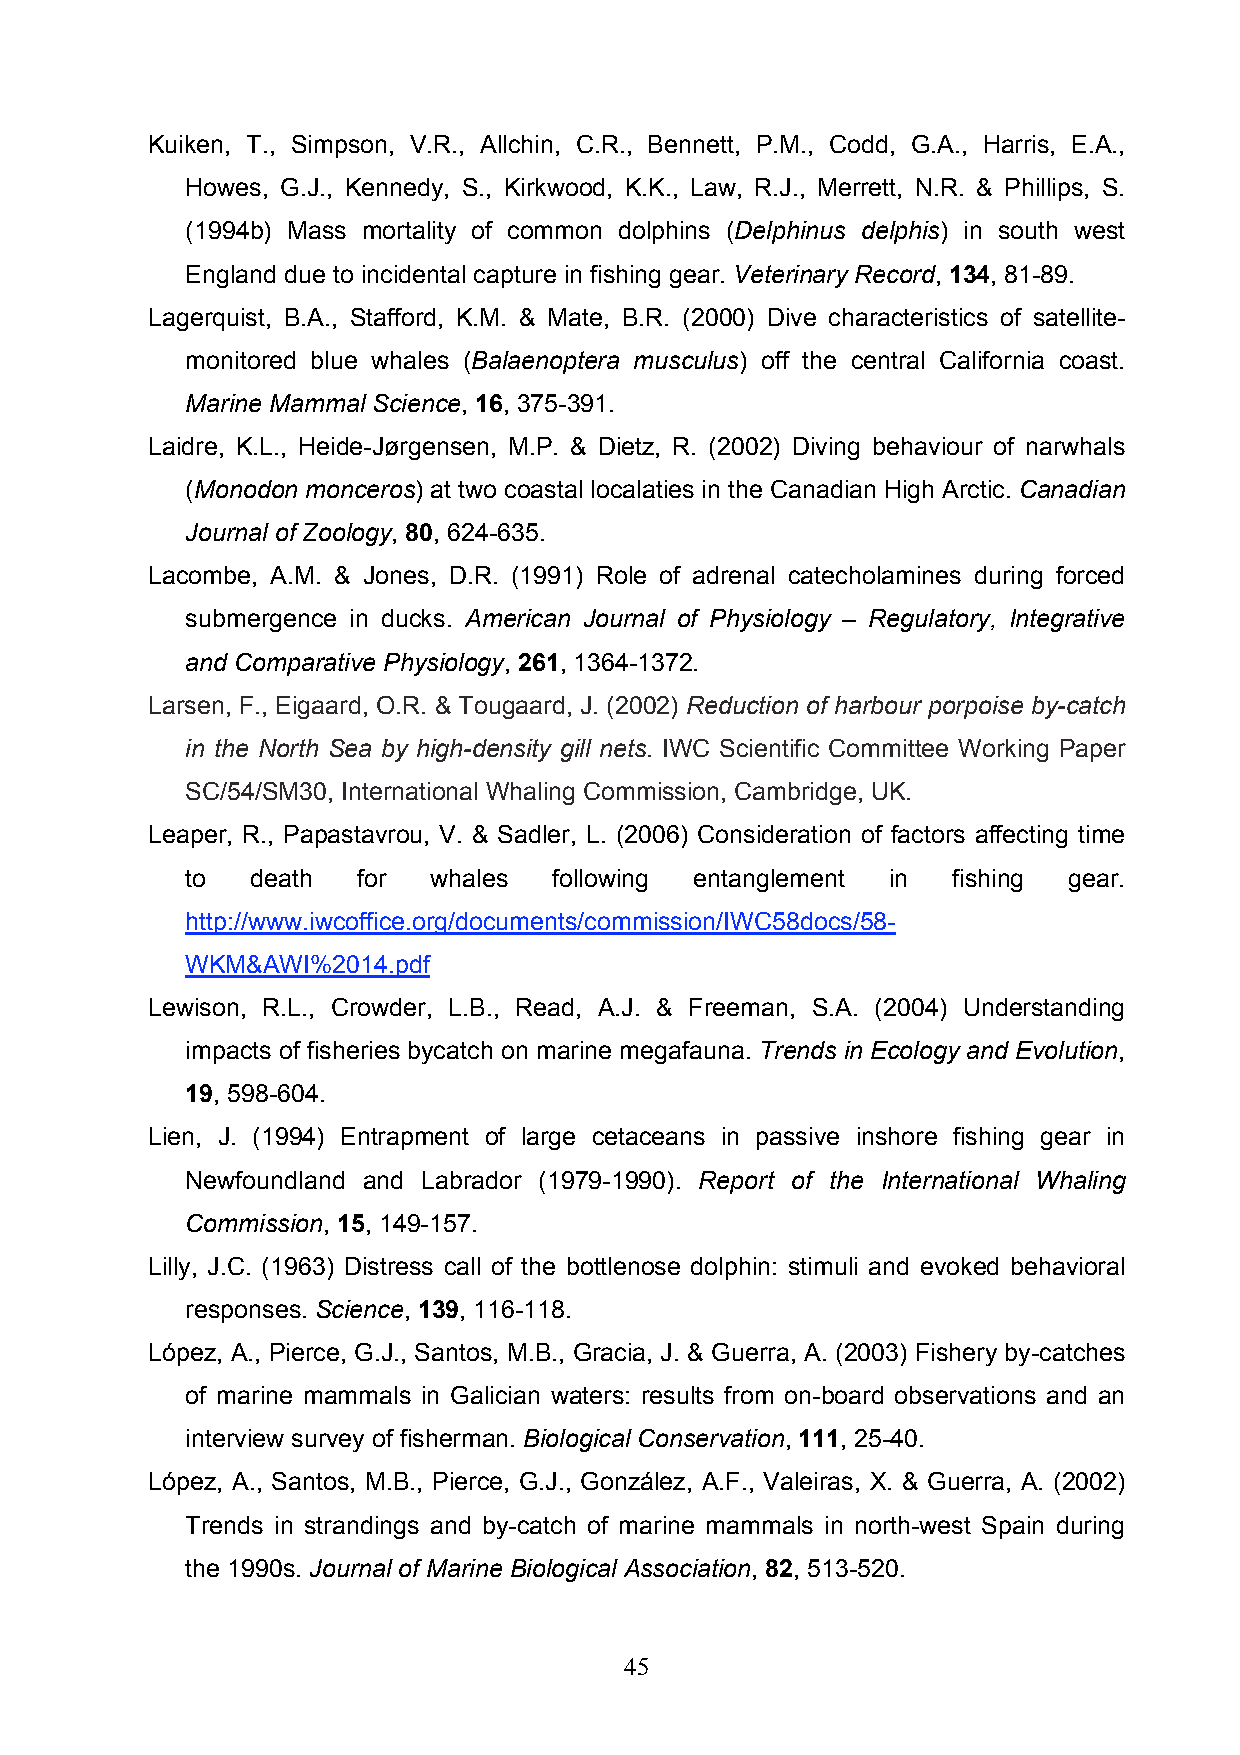
Kuiken, T., Simpson, V.R., Allchin, C.R., Bennett, P.M., Codd, G.A., Harris, E.A.,
 Howes, G.J., Kennedy, S., Kirkwood, K.K., Law, R.J., Merrett, N.R. & Phillips, S.
 (1994b) Mass mortality of common dolphins (Delphinus delphis) in south west
 England due to incidental capture in fishing gear. Veterinary Record, 134, 81-89.
 Lagerquist, B.A., Stafford, K.M. & Mate, B.R. (2000) Dive characteristics of satellite-
 monitored blue whales (Balaenoptera musculus) off the central California coast.
 Marine Mammal Science, 16, 375-391.
 Laidre, K.L., Heide-Jørgensen, M.P. & Dietz, R. (2002) Diving behaviour of narwhals
 (Monodon monceros) at two coastal localaties in the Canadian High Arctic. Canadian
 Journal of Zoology, 80, 624-635.
 Lacombe, A.M. & Jones, D.R. (1991) Role of adrenal catecholamines during forced
 submergence in ducks. American Journal of Physiology – Regulatory, Integrative
 and Comparative Physiology, 261, 1364-1372.
 Larsen, F., Eigaard, O.R. & Tougaard, J. (2002) Reduction of harbour porpoise by-catch
 in the North Sea by high-density gill nets. IWC Scientific Committee Working Paper
 SC/54/SM30, International Whaling Commission, Cambridge, UK.
 Leaper, R., Papastavrou, V. & Sadler, L. (2006) Consideration of factors affecting time
 to   death  for whales   following entanglement in fishing gear.
 http://www.iwcoffice.org/documents/commission/IWC58docs/58-
 WKM&AWI%2014.pdf
 Lewison, R.L., Crowder, L.B., Read, A.J. & Freeman, S.A. (2004) Understanding
 impacts of fisheries bycatch on marine megafauna. Trends in Ecology and Evolution,
 19, 598-604.
 Lien, J. (1994) Entrapment of large cetaceans in passive inshore fishing gear in
 Newfoundland and Labrador (1979-1990). Report of the International Whaling
 Commission, 15, 149-157.
 Lilly, J.C. (1963) Distress call of the bottlenose dolphin: stimuli and evoked behavioral
 responses. Science, 139, 116-118.
 López, A., Pierce, G.J., Santos, M.B., Gracia, J. & Guerra, A. (2003) Fishery by-catches
 of marine mammals in Galician waters: results from on-board observations and an
 interview survey of fisherman. Biological Conservation, 111, 25-40.
 López, A., Santos, M.B., Pierce, G.J., González, A.F., Valeiras, X. & Guerra, A. (2002)
 Trends in strandings and by-catch of marine mammals in north-west Spain during
 the 1990s. Journal of Marine Biological Association, 82, 513-520.
 45